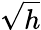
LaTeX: \sqrt{h}